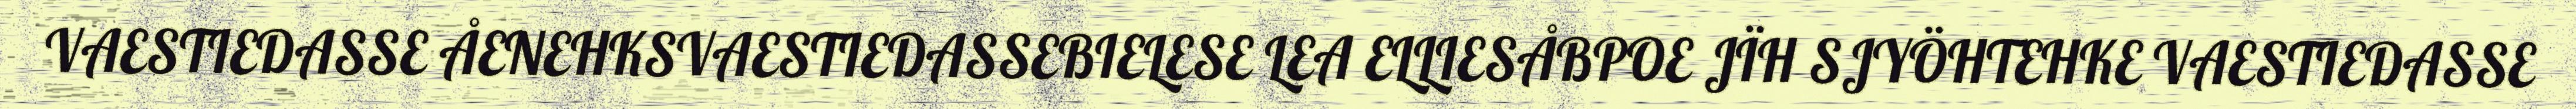
VAESTIEDASSE ÅENEHKSVAESTIEDASSEBIELESE LEA ELLIESÅBPOE JÏH SJYÖHTEHKE VAESTIEDASSE